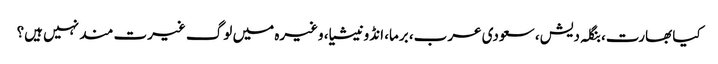
کیا بھارت، بنگلہ دیش، سعودی عرب، برما، انڈونیشیا، وغیرہ میں لوگ غیرت مند نہیں ہیں؟